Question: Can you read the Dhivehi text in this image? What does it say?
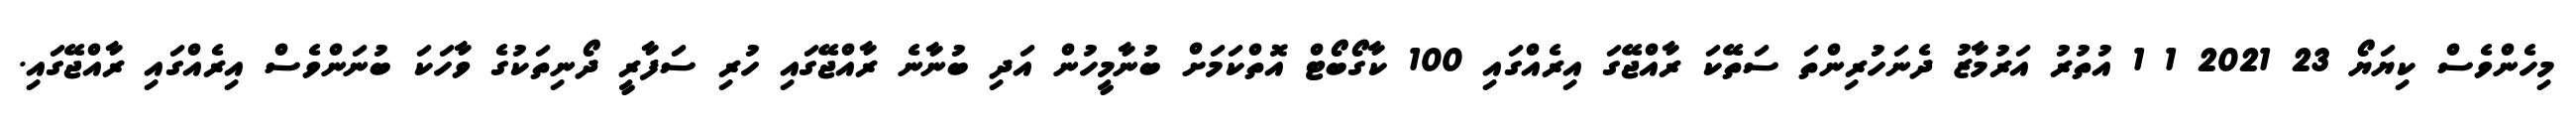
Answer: މިހެންވެސް ކިޔަޔޯ 23 2021 1 1 އުތުރު އަރުމާޒު ދެނަހުރިންތަ ސަތޭކަ ރާއްޖޭގަ އިރެއްގައި 100 ކާގޯބޯޓް އޮތްކަމަށް ބުނާމީހުން އަދި ބުނާނެ ރާއްޖޭގައި ހުރި ސަފާރީ ދޯނިތަކުގެ ވާހަކަ ބުނަންވެސް އިރެއްގައި ރާއްޖޭގައި.